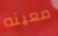
معينه